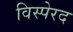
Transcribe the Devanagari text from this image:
विस्पेरद